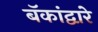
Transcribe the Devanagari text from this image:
बॅकांद्वारे